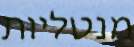
מנטליות